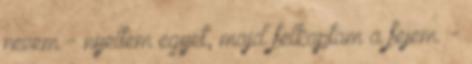
nevem - nyeltem egyet, majd felkaptam a fejem. -